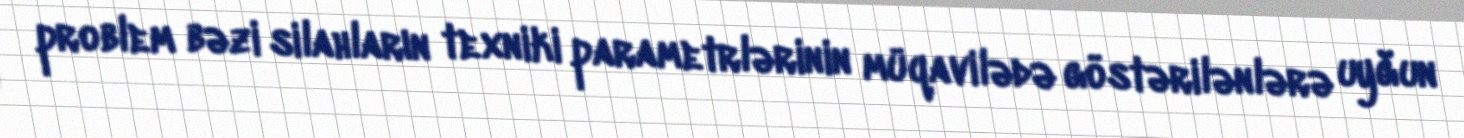
problem bəzi silahların texniki parametrlərinin müqavilədə göstərilənlərə uyğun